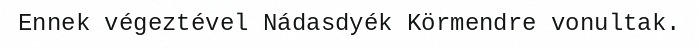
Ennek végeztével Nádasdyék Körmendre vonultak.